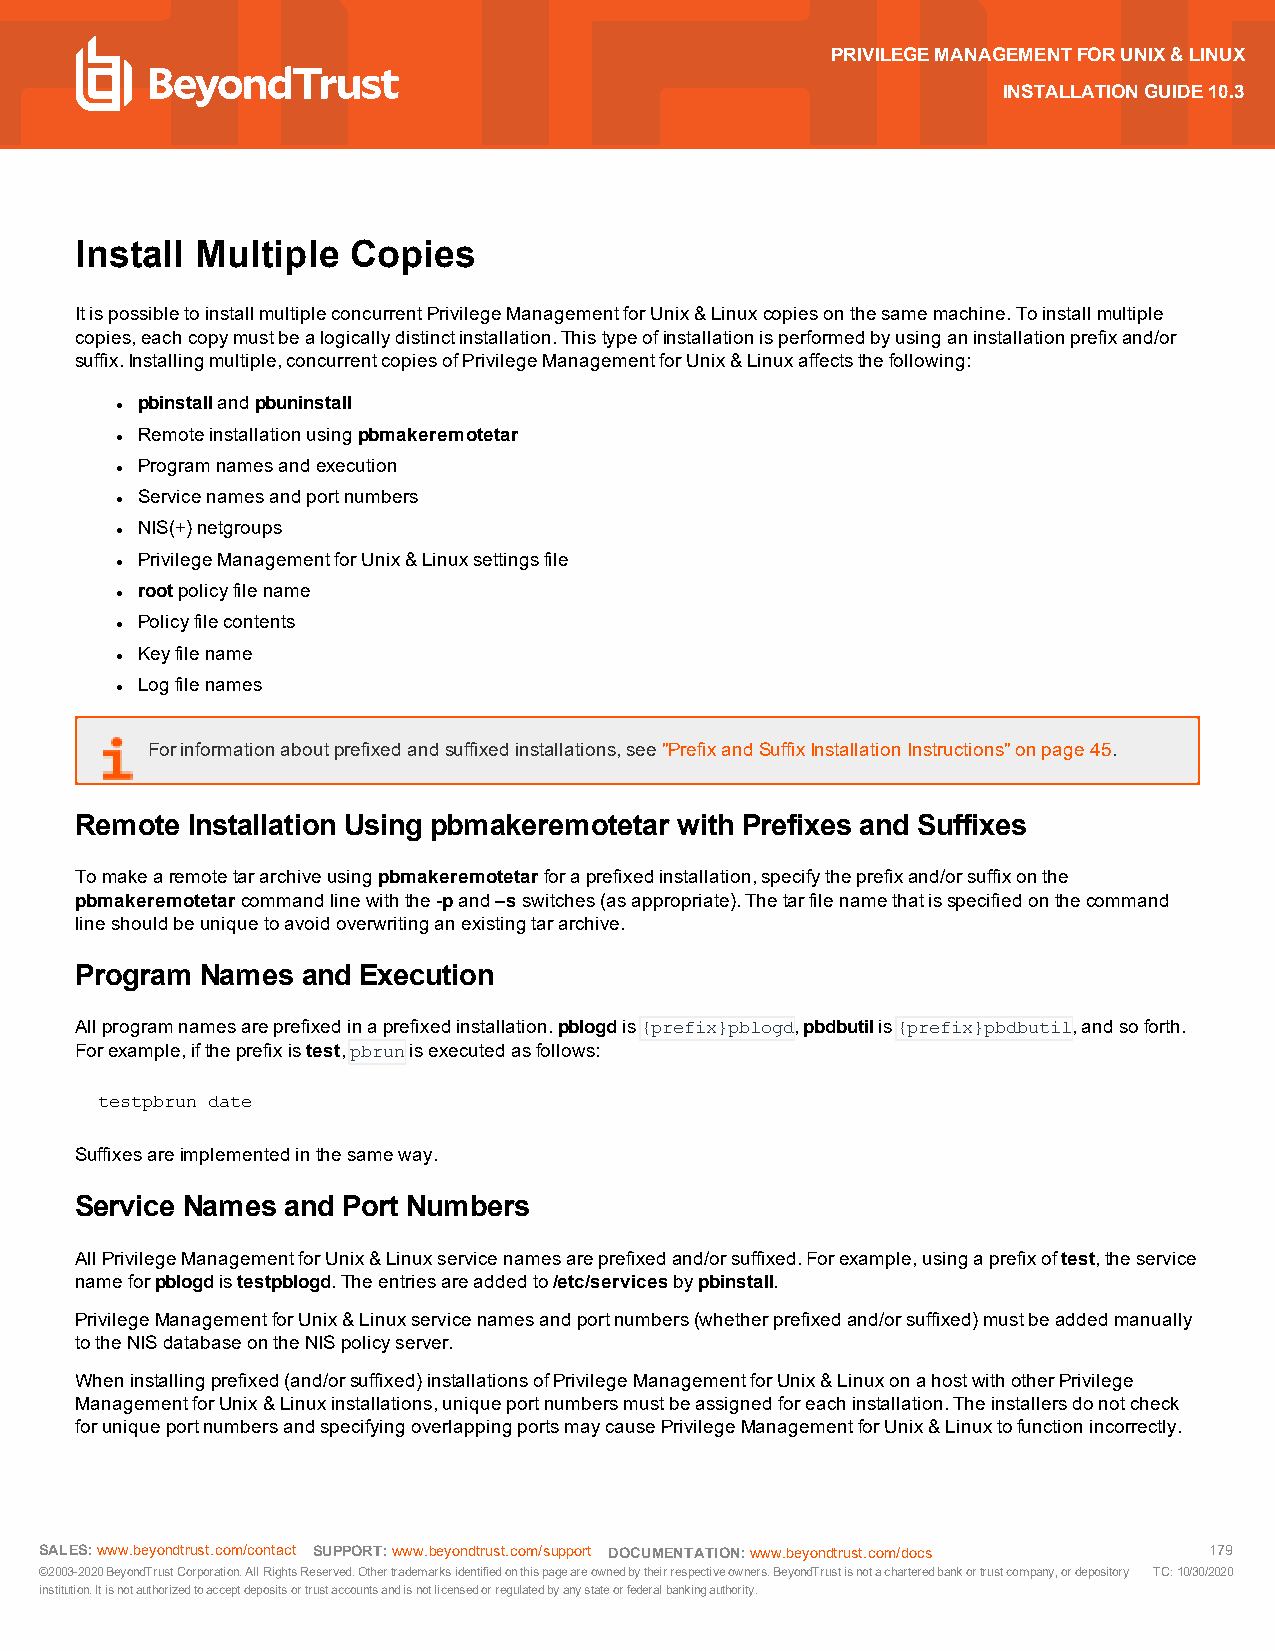
PRIVILEGEMANAGEMENTFORUNIX&LINUX
 INSTALLATIONGUIDE10.3
 Install Multiple  Copies
 ItispossibletoinstallmultipleconcurrentPrivilegeManagementforUnix&Linuxcopiesonthesamemachine.Toinstallmultiple
 copies,eachcopymustbealogicallydistinctinstallation.Thistypeofinstallationisperformedbyusinganinstallationprefixand/or
 suffix.Installingmultiple,concurrentcopiesofPrivilegeManagementforUnix&Linuxaffectsthefollowing:
 pbinstallandpbuninstall
 l
 Remoteinstallationusingpbmakeremotetar
 l
 Programnamesandexecution
 l
 Servicenamesandportnumbers
 l
 NIS(+)netgroups
 l
 PrivilegeManagementforUnix&Linuxsettingsfile
 l
 rootpolicyfilename
 l
 Policyfilecontents
 l
 Keyfilename
 l
 Logfilenames
 l
 Forinformationaboutprefixedandsuffixedinstallations,see"PrefixandSuffixInstallationInstructions"onpage45.
 Remote Installation Using pbmakeremotetar with Prefixes and Suffixes
 Tomakearemotetararchiveusingpbmakeremotetarforaprefixedinstallation,specifytheprefixand/orsuffixonthe
 pbmakeremotetarcommandlinewiththe-pand–sswitches(asappropriate).Thetarfilenamethatisspecifiedonthecommand
 lineshouldbeuniquetoavoidoverwritinganexistingtararchive.
 Program Names  and Execution
 Allprogramnamesareprefixedinaprefixedinstallation.pblogdis{prefix}pblogd,pbdbutilis{prefix}pbdbutil,andsoforth.
 Forexample,iftheprefixistest,pbrunisexecutedasfollows:
 testpbrun date
 Suffixesareimplementedinthesameway.
 Service Names and Port Numbers
 AllPrivilegeManagementforUnix&Linuxservicenamesareprefixedand/orsuffixed.Forexample,usingaprefixoftest,theservice
 nameforpblogdistestpblogd.Theentriesareaddedto/etc/servicesbypbinstall.
 PrivilegeManagementforUnix&Linuxservicenamesandportnumbers(whetherprefixedand/orsuffixed)mustbeaddedmanually
 totheNISdatabaseontheNISpolicyserver.
 Wheninstallingprefixed(and/orsuffixed)installationsofPrivilegeManagementforUnix&LinuxonahostwithotherPrivilege
 ManagementforUnix&Linuxinstallations,uniqueportnumbersmustbeassignedforeachinstallation.Theinstallersdonotcheck
 foruniqueportnumbersandspecifyingoverlappingportsmaycausePrivilegeManagementforUnix&Linuxtofunctionincorrectly.
 SALES:www.beyondtrust.com/contact SUPPORT:www.beyondtrust.com/support DOCUMENTATION:www.beyondtrust.com/docs 179
 ©2003-2020BeyondTrustCorporation.AllRightsReserved.Othertrademarksidentifiedonthispageareownedbytheirrespectiveowners.BeyondTrustisnotacharteredbankortrustcompany,ordepository TC:10/30/2020
 institution.Itisnotauthorizedtoacceptdepositsortrustaccountsandisnotlicensedorregulatedbyanystateorfederalbankingauthority.